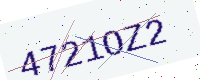
Text: 4721OZ2